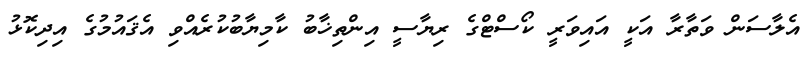
އެލާސަން ވަތާރާ އަކީ އައިވަރީ ކޯސްޓްގެ ރިޔާސީ އިންތިޚާބު ކާމިޔާބުކުރެއްވި އެޤައުމުގެ އިދިކޮޅު